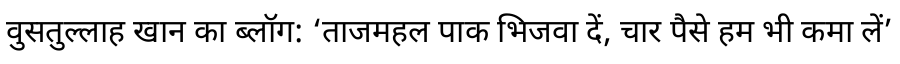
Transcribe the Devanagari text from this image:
वुसतुल्लाह खान का ब्लॉग: ‘ताजमहल पाक भिजवा दें, चार पैसे हम भी कमा लें’